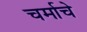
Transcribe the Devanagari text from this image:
चर्माचे